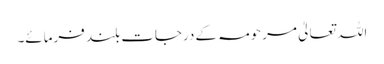
اللہ تعالیٰ مرحومہ کے درجات بلند فرمائے۔